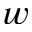
w